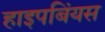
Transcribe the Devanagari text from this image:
हाइपबिंयस